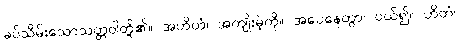
ခပ်သိမ်းသောသတ္တဝါတို့၏။ အဟိတံ၊ အကျိုးမဲ့ကို။ အပေနေတွာ၊ ပယ်၍။ ဟိတံ၊